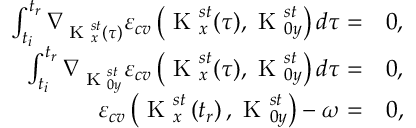
\begin{array} { r l } { \int _ { t _ { i } } ^ { t _ { r } } \nabla _ { \textrm { K } _ { x } ^ { s t } ( \tau ) } \varepsilon _ { c v } \left( \textrm { K } _ { x } ^ { s t } ( \tau ) , \textrm { K } _ { 0 y } ^ { s t } \right) d \tau = } & { 0 , } \\ { \int _ { t _ { i } } ^ { t _ { r } } \nabla _ { \textrm { K } _ { 0 y } ^ { s t } } \varepsilon _ { c v } \left( \textrm { K } _ { x } ^ { s t } ( \tau ) , \textrm { K } _ { 0 y } ^ { s t } \right) d \tau = } & { 0 , } \\ { \varepsilon _ { c v } \left( \textrm { K } _ { x } ^ { s t } \left( t _ { r } \right) , \textrm { K } _ { 0 y } ^ { s t } \right) - \omega = } & { 0 , } \end{array}